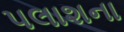
પલાશના